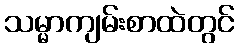
သမ္မာကျမ်းစာထဲတွင်